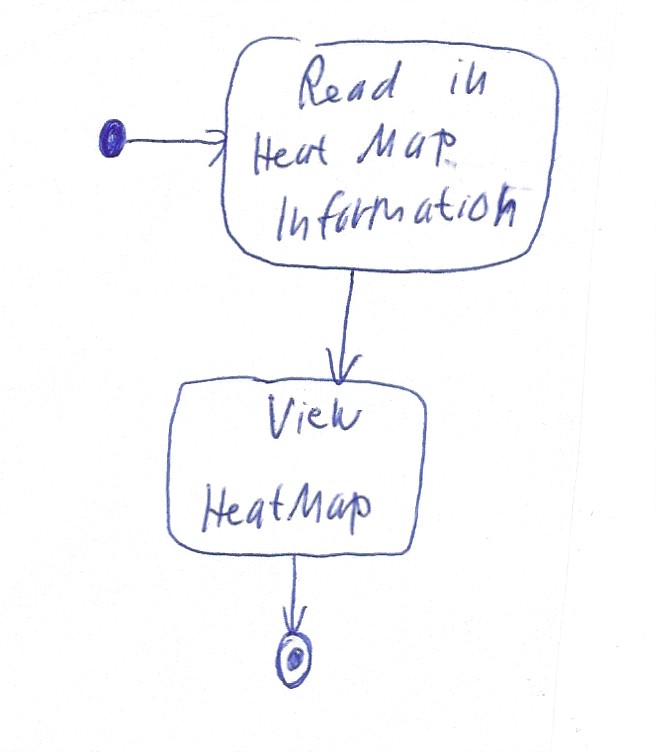
Diagram type: activity_diagram
```plantuml
@startuml

start

:Read in Heat Map Information;

:View HeatMap;

stop

@enduml
```